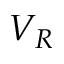
V _ { R }